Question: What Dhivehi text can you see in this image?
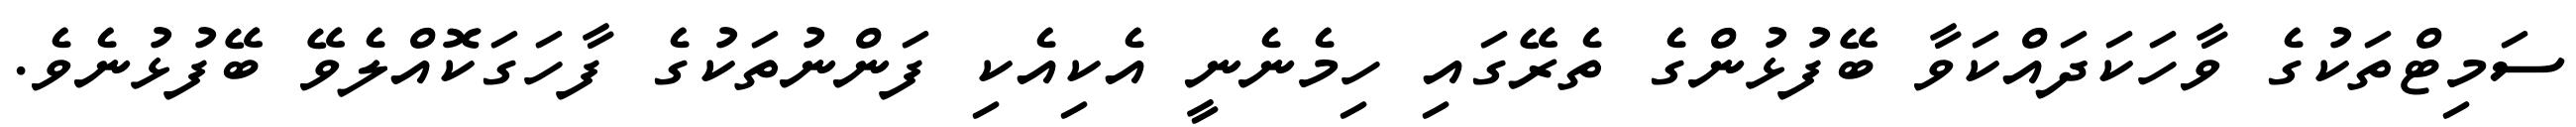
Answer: ސަމިޓްތަކުގެ ވާހަކަދައްކަވާ ބޭފުޅުންގެ ތެރޭގައި ހިމެނެނީ އެކިއެކި ފަންނުތަކުގެ ފާހަގަކޮއްލެވޭ ބޭފުޅުނެވެ.